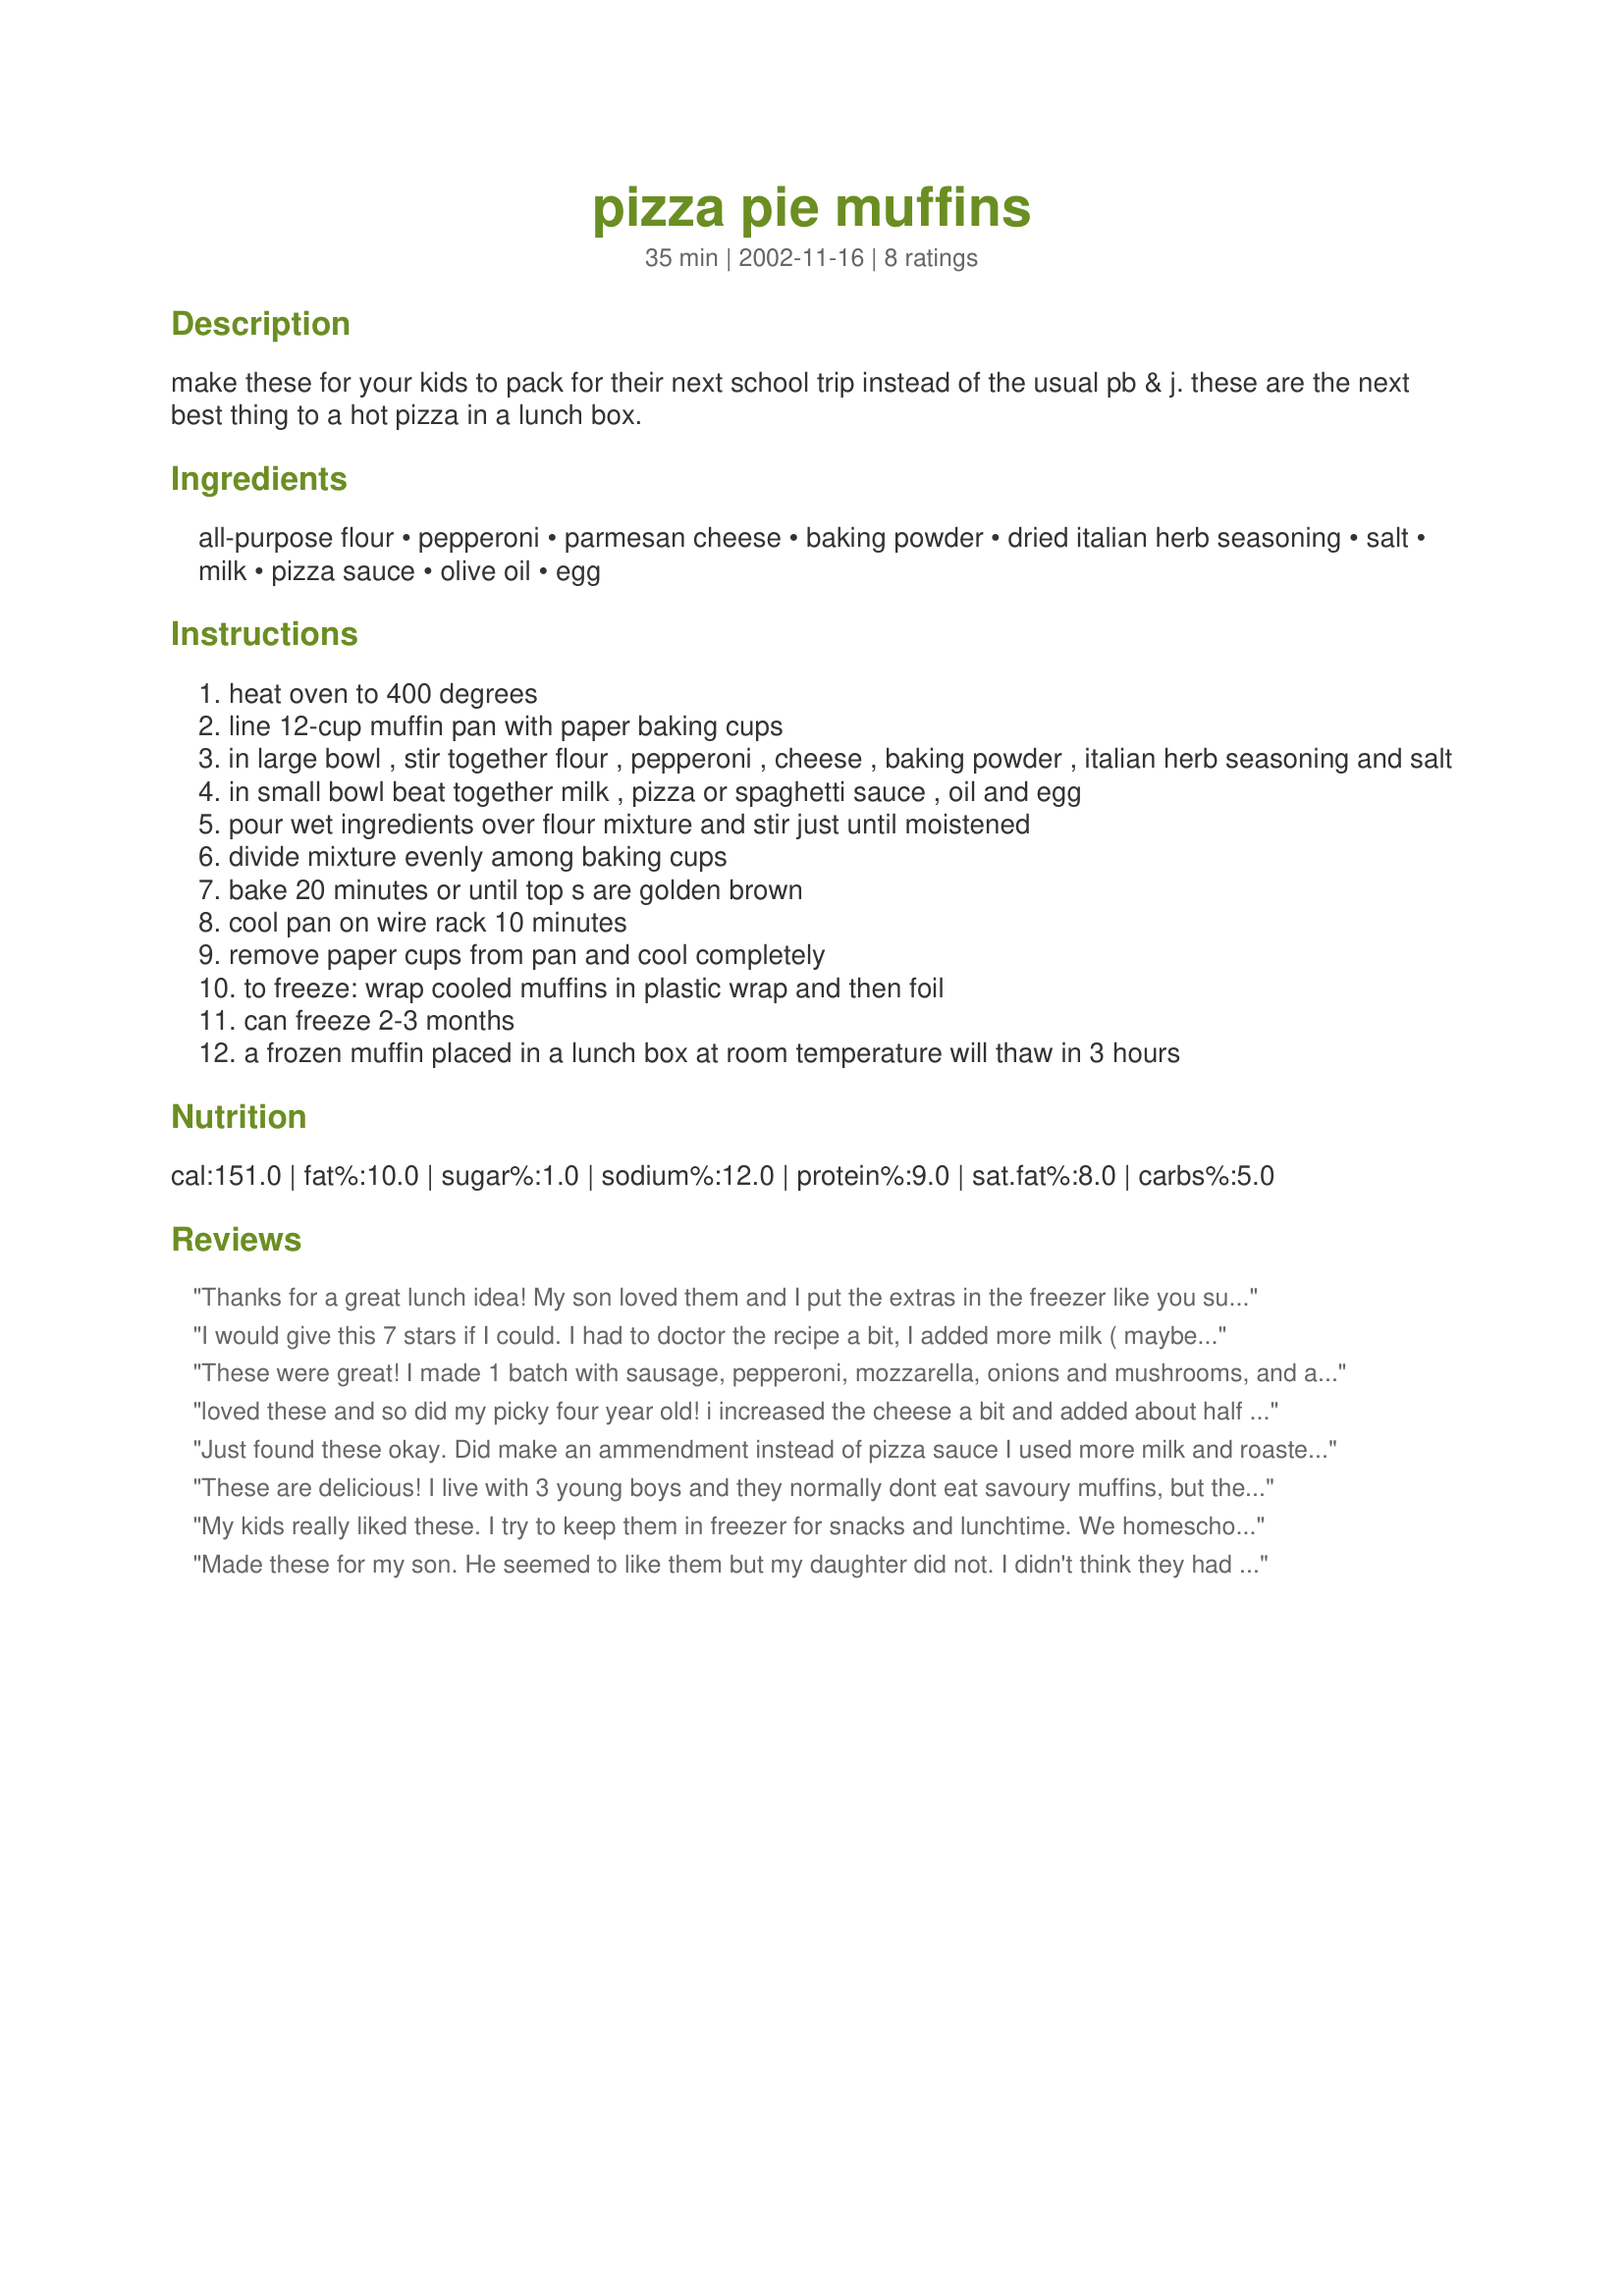
pizza pie muffins
Preparation time: 35 minutes

make these for your kids to pack for their next school trip instead of the usual pb & j. these are the next best thing to a hot pizza in a lunch box.

Ingredients:
all-purpose flour, pepperoni, parmesan cheese, baking powder, dried italian herb seasoning, salt, milk, pizza sauce, olive oil, egg

Steps:
heat oven to 400 degrees
line 12-cup muffin pan with paper baking cups
in large bowl , stir together flour , pepperoni , cheese , baking powder , italian herb seasoning and salt
in small bowl beat together milk , pizza or spaghetti sauce , oil and egg
pour wet ingredients over flour mixture and stir just until moistened
divide mixture evenly among baking cups
bake 20 minutes or until top s are golden brown
cool pan on wire rack 10 minutes
remove paper cups from pan and cool completely
to freeze: wrap cooled muffins in plastic wrap and then foil
can freeze 2-3 months
a frozen muffin placed in a lunch box at room temperature will thaw in 3 hours

Reviews:
Thanks for a great lunch idea! My son loved them and I put the extras in the freezer like you suggested. I thought the texture was more like a biscuit than a muffin as it was a little drier than a typical muffin. But either way, we enjoyed them!
I would give this 7 stars if I could. I had to doctor the recipe a bit, I added more milk ( maybe 1/4 cup), a handful of shredded mozzerella, and some garlic salt. They turned out amazing, full of flavor, and absolutely delicious!
tip: make sure to NOT use paper cups....they stuck to them. Next time I'll just grease the pan.
These were great! I made 1 batch with sausage, pepperoni, mozzarella, onions and mushrooms, and another batch with spinach, ricotta and mozzarella (omitted parmesan and 1/2 pasta sauce). They both turned out great and tastey! The only problem was that they STUCK badly to the cup liners. Next time I will probably just grease the muffin pan instead. THANKS FOR THE RECIPE!
loved these and so did my picky four year old! i increased the cheese a bit and added about half a cup of shredded cheddar to ( we like cheese!) then i had to increase the sauce a bit ..otherwise i didn't mess with it and they were great! thanks!
Just found these okay. Did make an ammendment instead of pizza sauce I used more milk and roasted pepper pesto. The muffins were moist and not dry like other savoury muffins I have tried but I'm not sure if I will try again. Thanks for sharing.
These are delicious! I live with 3 young boys and they normally dont eat savoury muffins, but they loved these!
My kids really liked these. I try to keep them in freezer for snacks and lunchtime. We homeschool so we need lunches that are quick and healthy. I did add some mozzarella the second time I made them and the kids really like them this way.
Made these for my son. He seemed to like them but my daughter did not. I didn't think they had enough flavor. Easy to make though.
